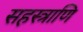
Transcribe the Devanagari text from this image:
सहस्त्राणि